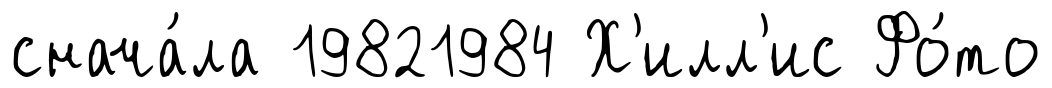
снача́ла 19821984 Х'илл'ис Фо́то